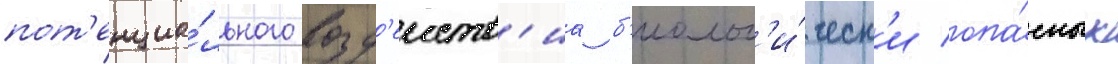
пот'енциа́льного возд'еиств'иа б'иолог'и́ческ'и опа́сных